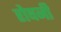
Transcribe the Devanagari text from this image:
रोषनी